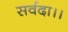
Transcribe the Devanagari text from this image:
सर्वदा।।